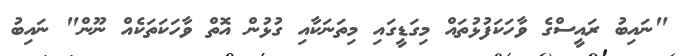
"ނައިބު ރައީސްގެ ވާހަކަފުޅުތައް މިގަޑީގައި މިތަނަކާއި ގުޅުން އޮތް ވާހަކަތަކެއް ނޫން" ނައިބު